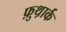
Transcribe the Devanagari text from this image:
फ़ुथ़ार्क